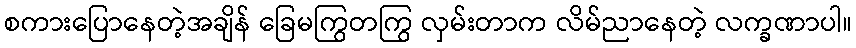
စကားပြောနေတဲ့အချိန် ခြေမကြွတကြွ လှမ်းတာက လိမ်ညာနေတဲ့ လက္ခဏာပါ။